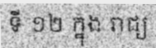
ទី ១២ ក្នុង រាជ្យ